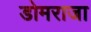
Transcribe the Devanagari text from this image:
डोमराजा